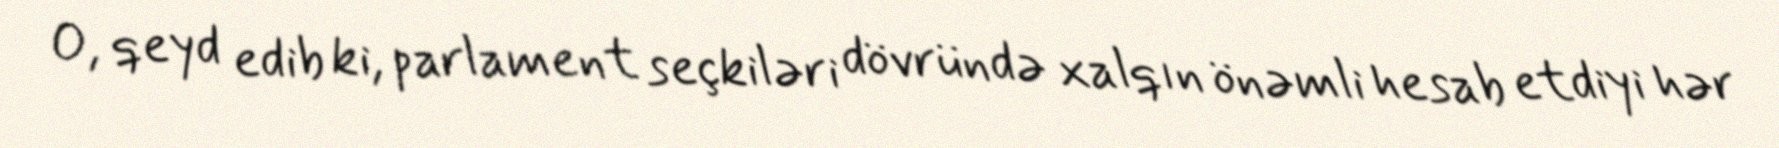
O, qeyd edib ki, parlament seçkiləri dövründə xalqın önəmli hesab etdiyi hər